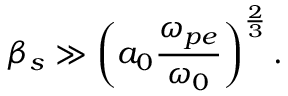
\beta _ { s } \gg \left( a _ { 0 } \frac { \omega _ { p e } } { \omega _ { 0 } } \right) ^ { \frac { 2 } { 3 } } .